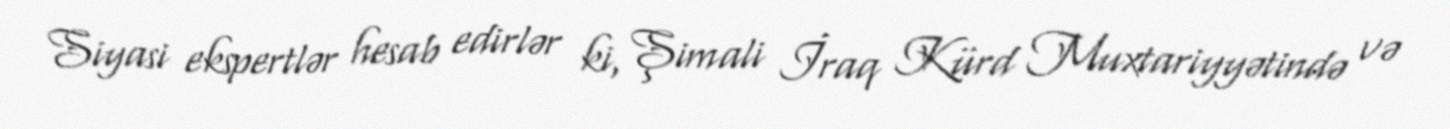
Siyasi ekspertlər hesab edirlər ki, Şimali İraq Kürd Muxtariyyətində və